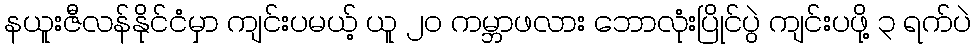
နယူးဇီလန်နိုင်ငံမှာ ကျင်းပမယ့် ယူ ၂၀ ကမ္ဘာဖလား ဘောလုံးပြိုင်ပွဲ ကျင်းပဖို့ ၃ ရက်ပဲ